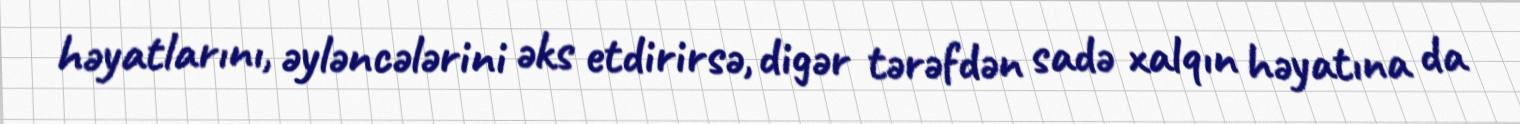
həyatlarını, əyləncələrini əks etdirirsə, digər tərəfdən sadə xalqın həyatına da